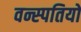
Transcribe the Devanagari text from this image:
वन्स्पतियों